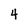
Character: 4